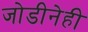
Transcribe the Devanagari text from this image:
जोडीनेही